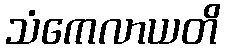
သံကေလာယတိ